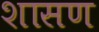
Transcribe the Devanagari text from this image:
शासण